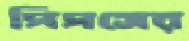
পিপসের